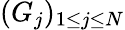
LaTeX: (G_{j})_{1\leq j\leq N}